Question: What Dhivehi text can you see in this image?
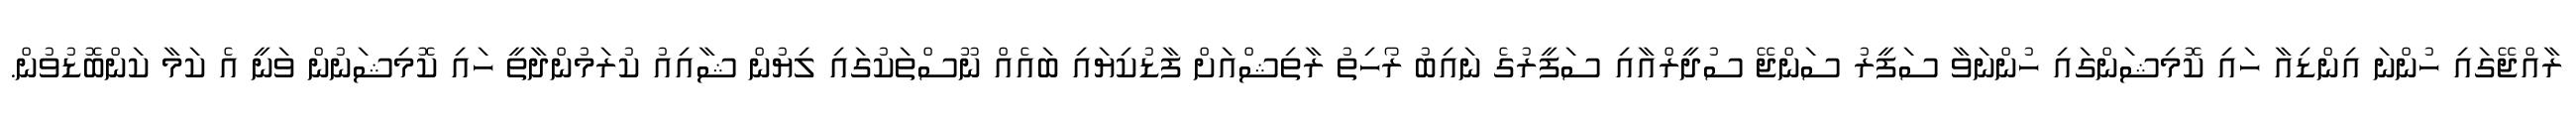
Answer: ރާއްޖޭގައި ހުންނަ އިންޑިއާ ހައި ކޮމިޝަންގައި ހުންނަވާ ސަފީރު ސަންޖޭ ސުދީރްއާއި ސަފީރުގެ ނައިބު ރޯހިތު ރާތިޝްއަށް ފާޑުކިޔައި ބައެއް ނޫސްތަކުގައި ލިޔުން ޝާއިއު ކުރަމުންދާތީ ހައި ކޮމިޝަނުން ވަނީ އެ ކަމާ ކަންބޮޑުވުން.